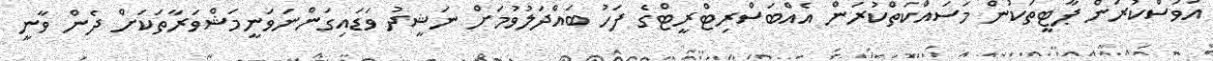
އަވަސްކުރަން ޕާޓީތަކުން މަސައްކަތްކުރަން އެއްބަސްރިޓްރީޓްގެ ފަހު ބައްދަލުވުމަށް ނަޝީދު ވަޑައިގަންނަވަނީމަޝްވަރާތަކަށް ދެން ވާނީ